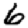
Digit: 6